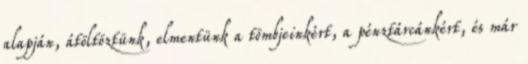
alapján, átöltöztünk, elmentünk a tömbjeinkért, a pénztárcánkért, és már